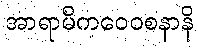
အာရာမိကဝေဝစနာနိ